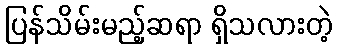
ပြန်သိမ်းမည့်ဆရာ ရှိသလားတဲ့